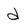
Character: d